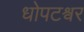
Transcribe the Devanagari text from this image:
धोपटश्र्वर